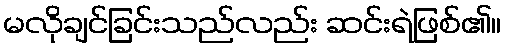
မလိုချင်ခြင်းသည်လည်း ဆင်းရဲဖြစ်၏။